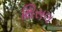
થિસલ